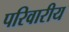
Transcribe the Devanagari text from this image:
परिवारीय